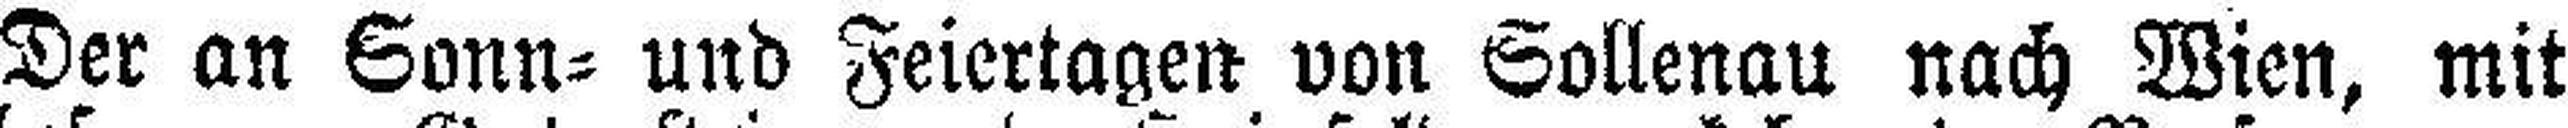
Der an Sonn= und Feiertagen von Sollenau nach Wien, mit